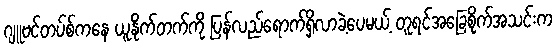
ဂျူဗင်တပ်စ်ကနေ ယူနိုက်တက်ကို ပြန်လည်ရောက်ရှိလာခဲ့ပေမယ့် တူရင်အခြေစိုက်အသင်းက